Kassari_(Keina)_vallavalitsus, lk 23
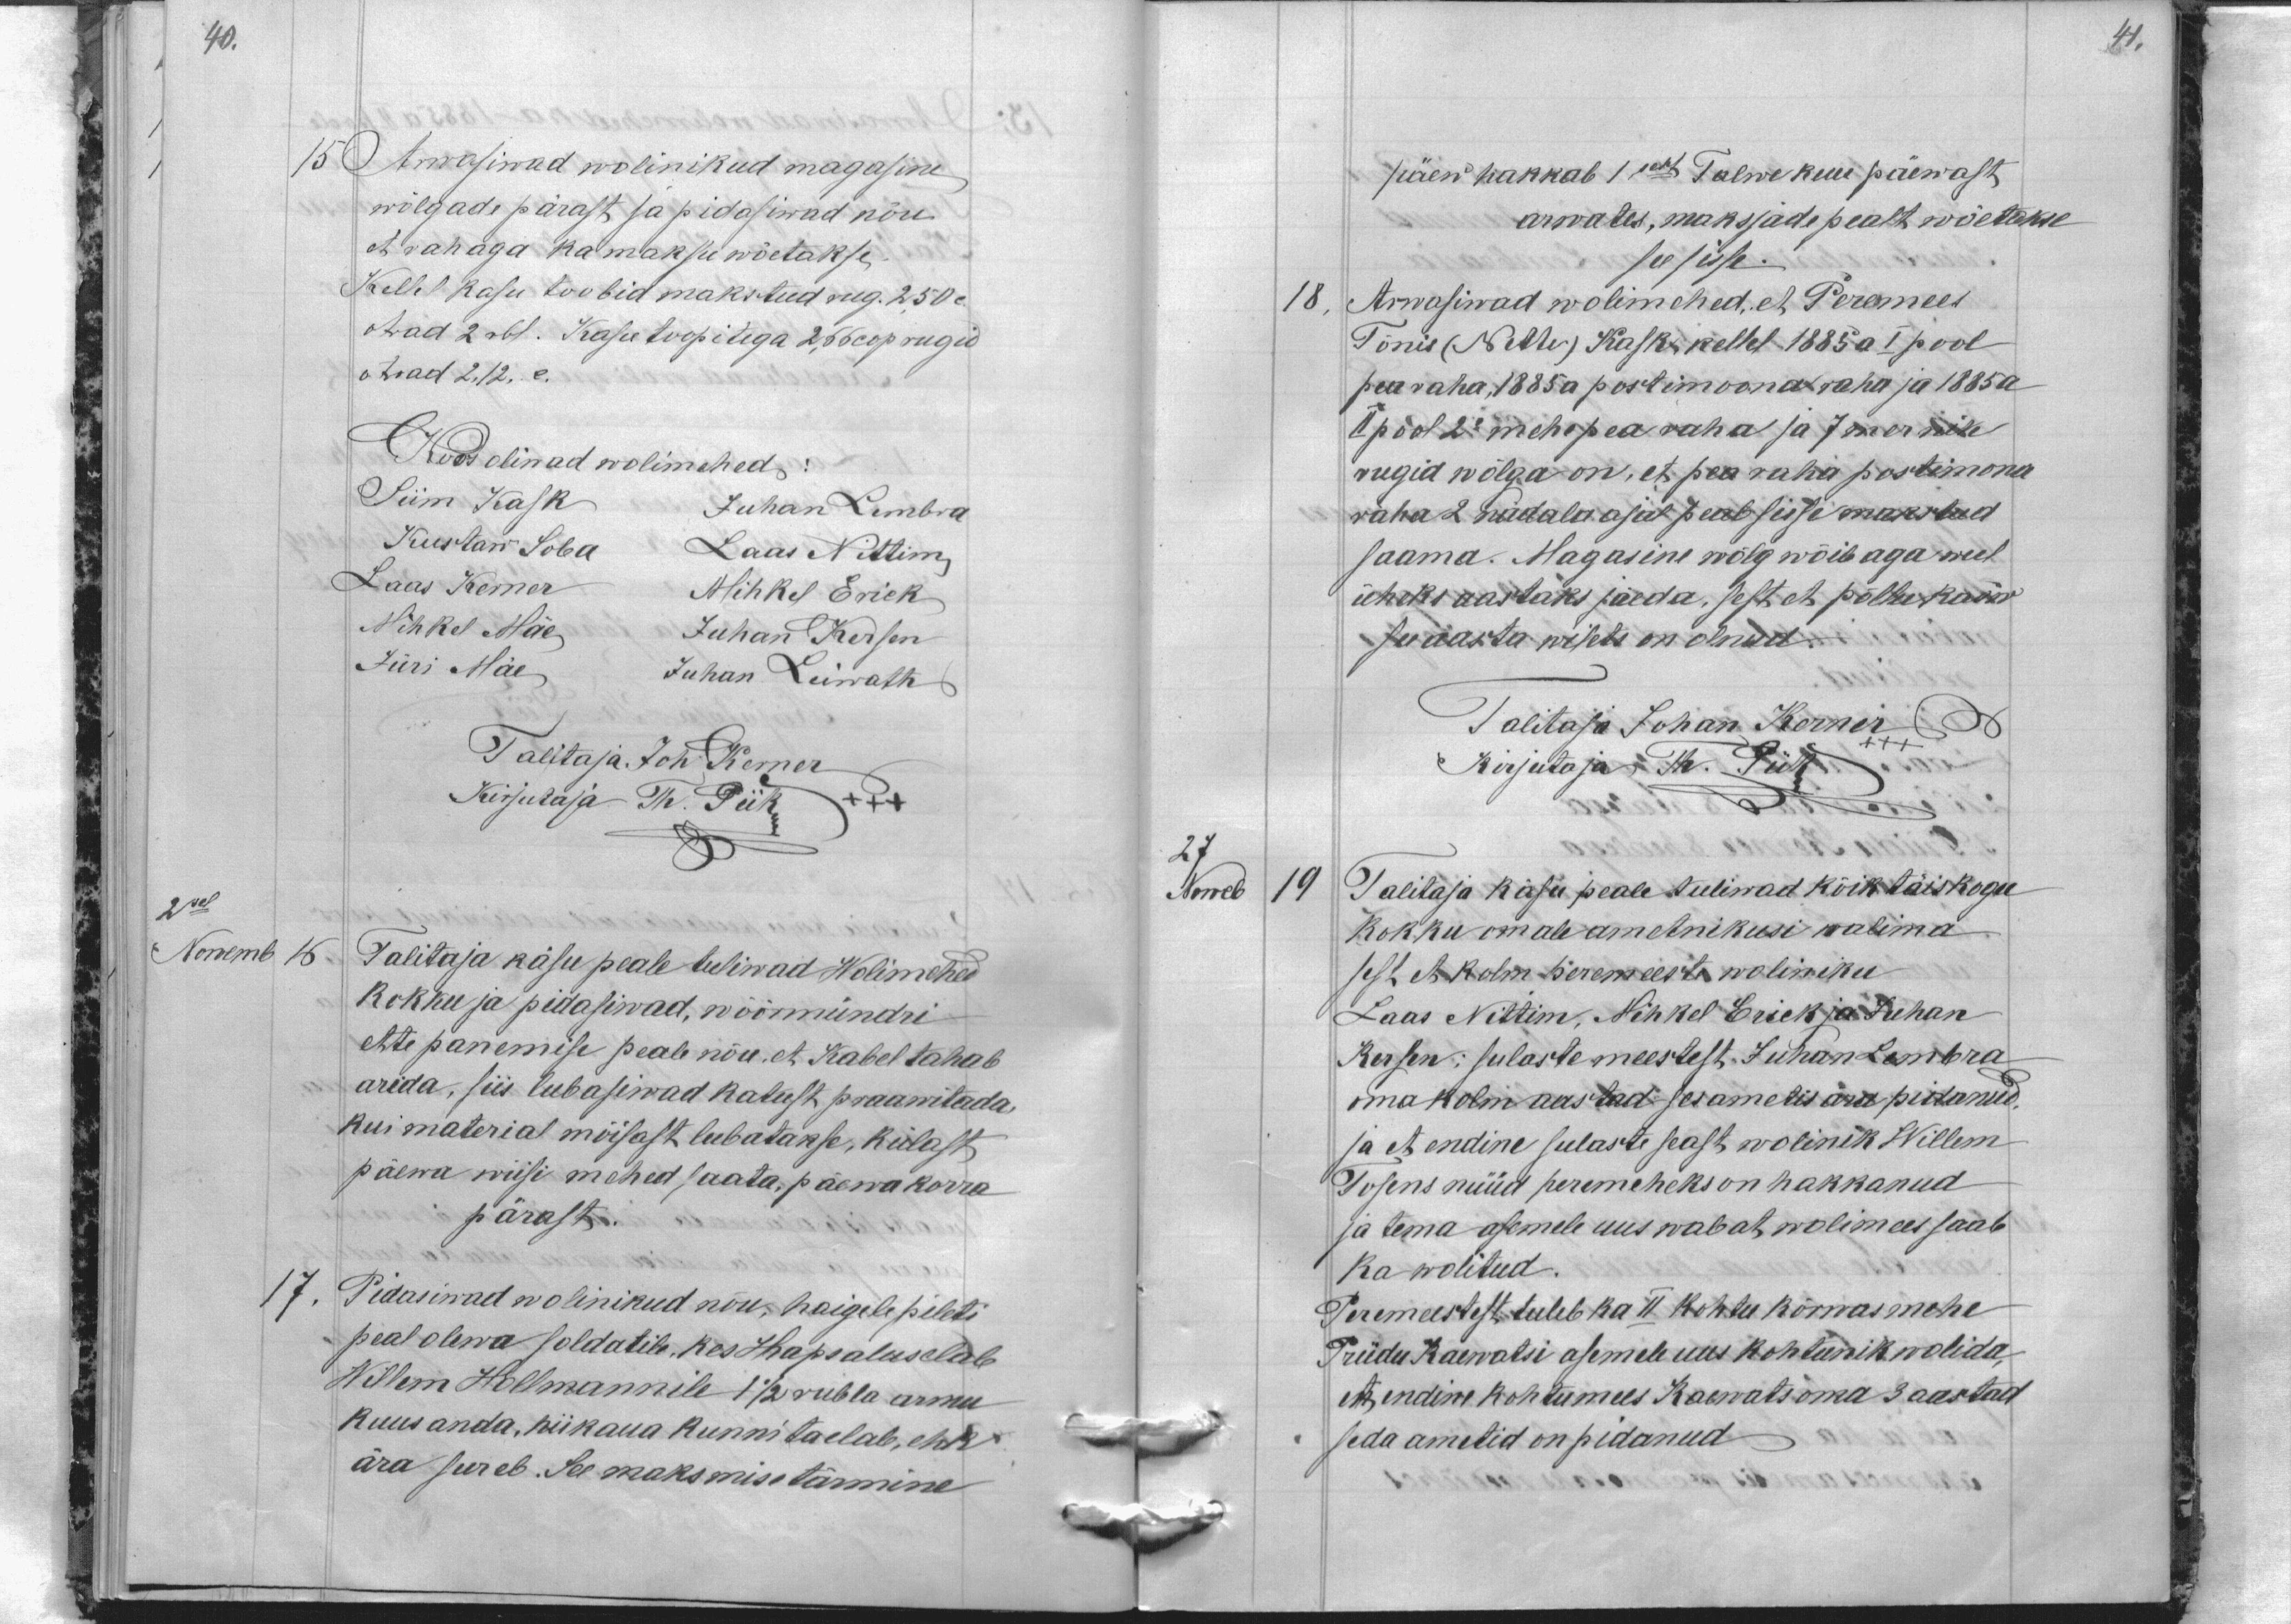
40.
15 Arwasiwad wolinikud magasine
wõlgade pärast, ja pidasiwad nõu
et rahaga ka maksu wõetakse.
Kellel kasu toobid makstud Aug. 2,50 c.
otrad 2 rbl. Kasu toopitega 2,66 cop rugid
Otsad 2,12. c.
Koos oliwad wolimehed:
Siim Kask Juhan Kimbra
Kustaw Soba
Laas Nittim,
Laas Kemer
Mihkel Erick
Mihkel Mäe
Juhan Kersen
Jüri Mäe
Juhan Leiwath
Talitaja, Joh Kerner
Kirjutaja Th. Piik
2sel
Novemb
16
Talitaja käsu peale tuliwad Wolimehed
kokku ja pidasiwad, wöörmündri
ette panemise peale nõu, et Kabel tahab
arida, siis lubasiwad katust praawitada,
kui material mõisast lubatakse, külast
päewa wiisi mehed saata, päewa korra
pärast.
17.
Pidasiwad wolinikud nõu, haigele pileti
peal olewa soldatile, kes Hapsalus elab
Willem Hollmannile 1 1/2 rubla armu
kuus anda, niikaua kunni taelab, ehk
ära sureb. See maksmise tärmine

41.

päew hakkab 1sest Talwe kuu päewast
arwates, maksjade pealt wõetakse
see sisse.
18,
Arwasiwad wolimehed, et Peremees
Tõnis (Nette) Kask, kellel 1885 a I pool
pea raha, 1885 a postimoonaraha ja 1885 a
II pool 2e mehe pea raha ja 7 mernik
rugid wõlga on, et pea raha postimona
raha 2 nadala ajal peab sisse makstud
saama. Magasine wõlg wöib aga weel
üheks aastaks jaeda, sest et põllukasw
see aasta wilets on olnud.
Talitaja Johan Kerner
Kirjutaja Th. Piik
27
Noweb
19
Talitaja käsu peale tuliwad kõik täiskogu
kokku omale ametnikusi walima
sest et kolm peremeeste woliniku
Laas Nittim, Mihkel Erick ja Juhan
Kersen: sulaste meestest, Juhan Lembra
oma kolm aastad ses ametis ära pidanud.
ja et endine sulaste seast wolinik Willem
Tosens nüüd peremeheks on hakkanud
ja tema asemele uus wabat wolimees saab
ka wolitud.
Peremeestest tuleb ka II kohtu kõrwas mehe
Priidu Kaewatsi asemele uus kohtunik walida,
et endine kohtumees Kaewats oma 3 aastad
seda ametid on pidanud.